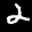
Label: 2